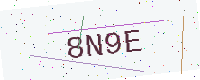
Text: 8N9E